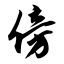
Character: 傍